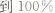
到100%